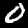
Digit: 0